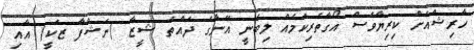
ހާރިޝްއަށް ކިރިޔާވެސް އޯގާތެރިކަމެއް ލިބެނީ އޭނާގެ ދައްތަ ޝީޒާ (ނަޝްފާ ޒަކީ) އާއި